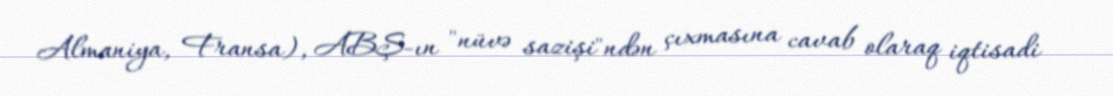
Almaniya, Fransa), ABŞ-ın "nüvə sazişi"ndən çıxmasına cavab olaraq iqtisadi